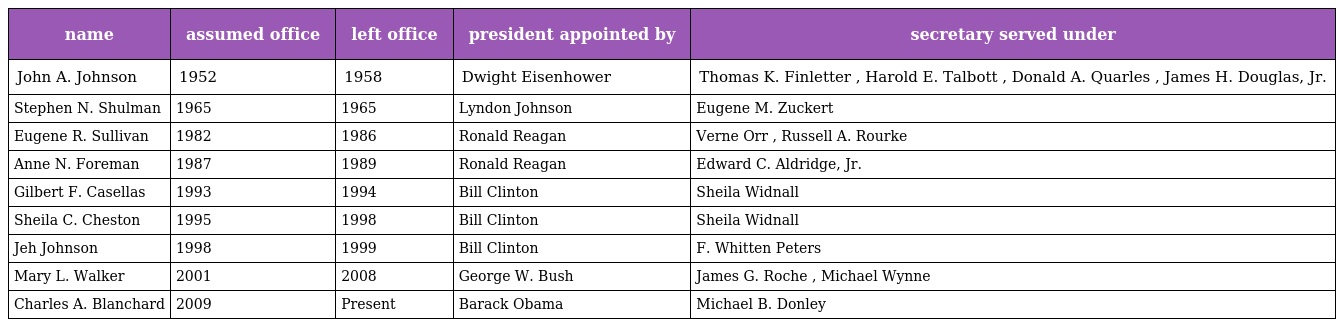
| name | assumed office | left office | president appointed by | secretary served under |
 | --- | --- | --- | --- | --- |
 | John A. Johnson | 1952 | 1958 | Dwight Eisenhower | Thomas K. Finletter , Harold E. Talbott , Donald A. Quarles , James H. Douglas, Jr. |
 | Stephen N. Shulman | 1965 | 1965 | Lyndon Johnson | Eugene M. Zuckert |
 | Eugene R. Sullivan | 1982 | 1986 | Ronald Reagan | Verne Orr , Russell A. Rourke |
 | Anne N. Foreman | 1987 | 1989 | Ronald Reagan | Edward C. Aldridge, Jr. |
 | Gilbert F. Casellas | 1993 | 1994 | Bill Clinton | Sheila Widnall |
 | Sheila C. Cheston | 1995 | 1998 | Bill Clinton | Sheila Widnall |
 | Jeh Johnson | 1998 | 1999 | Bill Clinton | F. Whitten Peters |
 | Mary L. Walker | 2001 | 2008 | George W. Bush | James G. Roche , Michael Wynne |
 | Charles A. Blanchard | 2009 | Present | Barack Obama | Michael B. Donley |